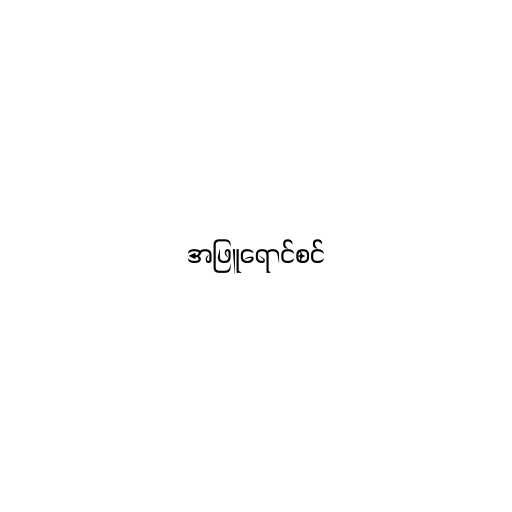
အဖြူရောင်စင်